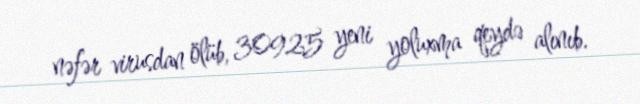
nəfər virusdan ölüb, 30925 yeni yoluxma qeydə alınıb.